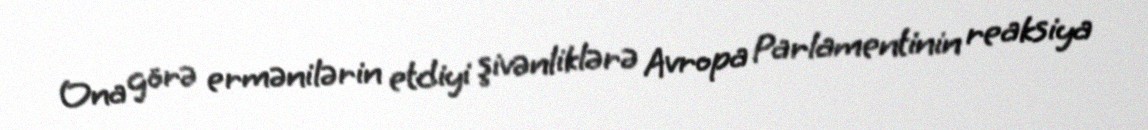
Ona görə ermənilərin etdiyi şivənliklərə Avropa Parlamentinin reaksiya